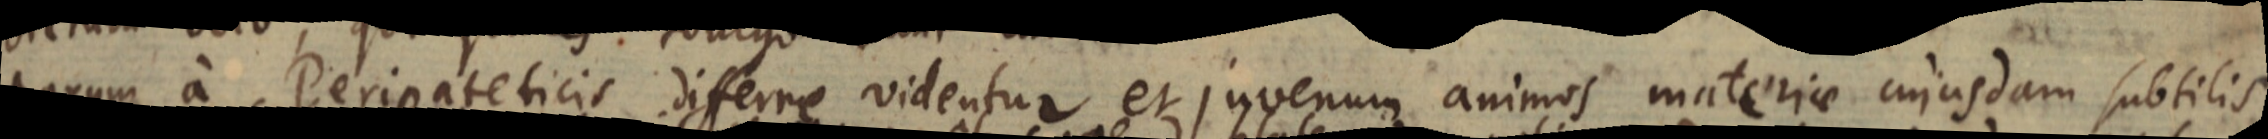
parum a Peripateticis differre videntur et juvenum animos materiae cujusdam subtilis